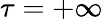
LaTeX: \tau=+\infty